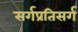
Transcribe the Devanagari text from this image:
सर्गप्रतिसर्ग